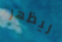
ليظهر